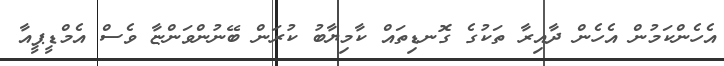
އެހެންކަމުން އެހެން ދާއިރާ ތަކުގެ ގޮނޑިތައް ކާމިޔާބު ކުރަން ބޭނުންވަންޏާ ވެސް އެމްޑީޕީއާ